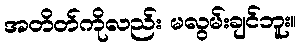
အတိတ်ကိုလည်း မလွမ်းချင်ဘူး။